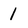
Character: 1